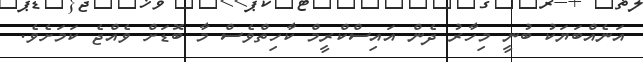
އަނެއްބަޔަކު ބުނީ މިހާރު ދެން އައިސްކްރީމް ކާހިތްވެސް މާ ބޮޑަށް ވެއްޖެ ކަމަށެވެ.